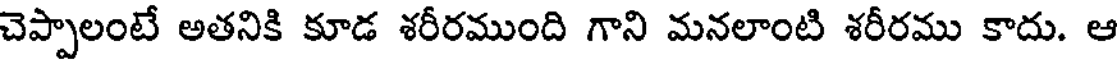
చెప్పాలంటే అతనికి కూడ శరీరముంది గాని మనలాంటి శరీరము కాదు. ఆ